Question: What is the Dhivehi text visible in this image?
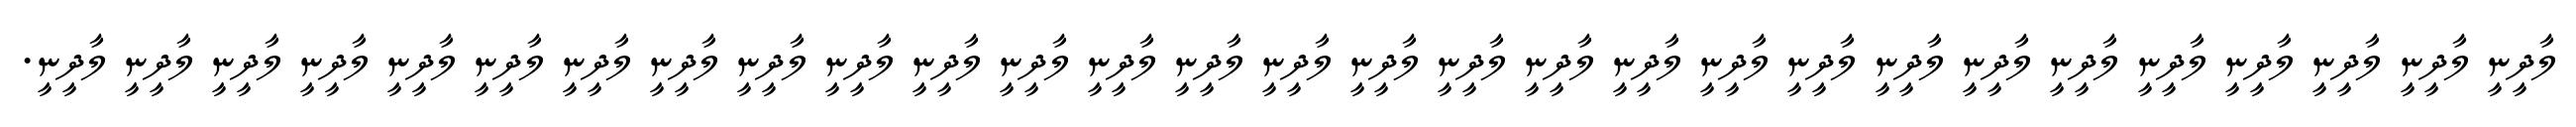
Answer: ލާދީނީ ލާދީނީ ލާދީނީ ލާދީނީ ލާދީނީ ލާދީނީ ލާދީނީ ލާދީނީ ލާދީނީ ލާދީނީ ލާދީނީ ލާދީނީ ލާދީނީ ލާދީނީ ލާދީނީ ލާދީނީ ލާދީނީ ލާދީނީ ލާދީނީ ލާދީނީ ލާދީނީ ލާދީނީ ލާދީނީ ލާދީނީ ލާދީނީ ލާދީނީ ލާދީނީ ލާދީނީ ލާދީނީ.